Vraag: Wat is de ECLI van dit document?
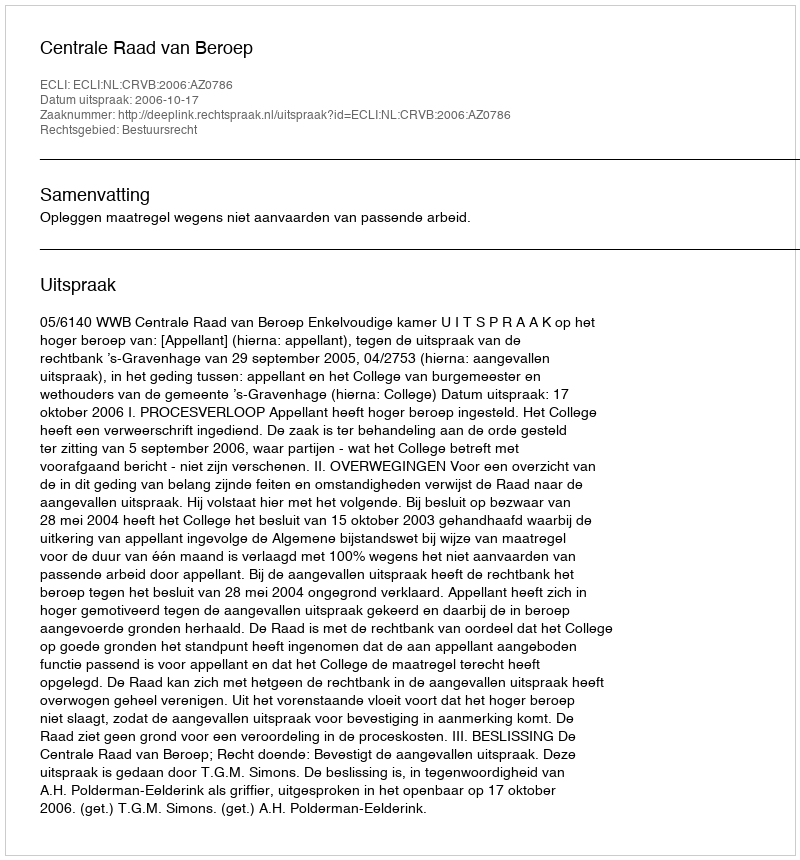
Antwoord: ECLI:NL:CRVB:2006:AZ0786